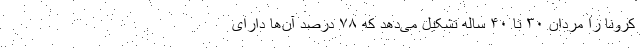
کرونا را مردان ۳۰ تا ۴۰ ساله تشکیل می‌دهد که ۷۸ درصد آن‌ها دارای